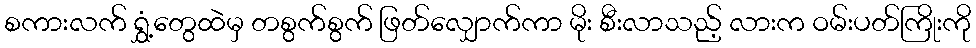
စကားလက် ရွှံ့တွေထဲမှ တစွက်စွက် ဖြတ်လျှောက်ကာ မိုး စီးလာသည့် လားက ဝမ်းပတ်ကြိုးကို